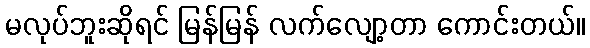
မလုပ်ဘူးဆိုရင် မြန်မြန် လက်လျော့တာ ကောင်းတယ်။